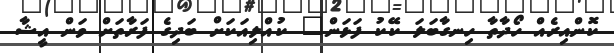
ކޮންއިރެއް ހޯދާތާ ހިނގާބަލަ ކޭކު ފަޅަން" ކުއްލިއަކަށް ބަދިގެ ފަރާތަށް ވަން އީޝާ